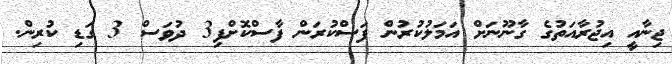
ޖިނާއީ އިޖުރާއަތުގެ ގާނޫނަށް އަމަލުކުރުން ފަސްކުރަން ފާސްކޮށްފި3 ދުވަސް 3 ގަޑި ކުރިން.